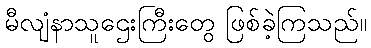
မီလျံနာသူဌေးကြီးတွေ ဖြစ်ခဲ့ကြသည်။